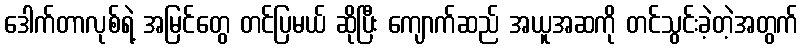
ဒေါက်တာလုစ်ရဲ့ အမြင်တွေ တင်ပြမယ် ဆိုပြီး ကျောက်ဆည် အယူအဆကို တင်သွင်းခဲ့တဲ့အတွက်